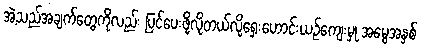
အဲ့သည်အချက်တွေကိုလည်း ပြင်ပေးဖို့လိုတယ်လို့ရှေးဟောင်းယဉ်ကျေးမှု အမွေအနှစ်